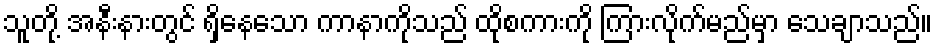
သူတို့ အနီးနားတွင် ရှိနေသော ကာနာကိုသည် ထိုစကားကို ကြားလိုက်မည်မှာ သေချာသည်။